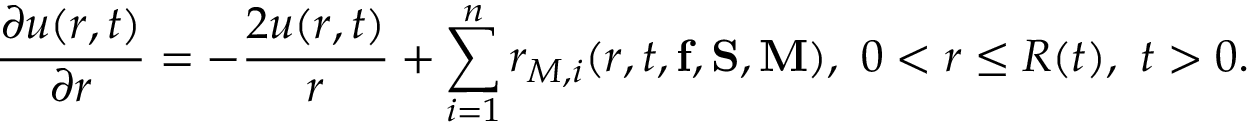
\frac { \partial u ( r , t ) } { \partial r } = - \frac { 2 u ( r , t ) } { r } + \sum _ { i = 1 } ^ { n } r _ { M , i } ( r , t , { \bf f } , { \bf S } , { \bf M } ) , \ 0 < r \leq R ( t ) , \ t > 0 .